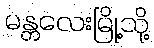
မန္တလေးမြို့သို့